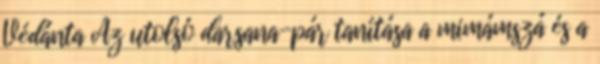
Védánta Az utolsó darsana-pár tanítása a mimámszá és a